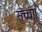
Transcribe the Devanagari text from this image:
सच्चा।